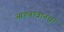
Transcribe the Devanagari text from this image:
आङनावानचा